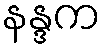
နန္ဒက